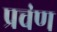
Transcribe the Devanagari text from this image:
प्रचंण